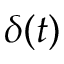
\delta ( t )